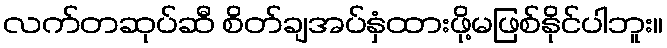
လက်တဆုပ်ဆီ စိတ်ချအပ်နှံထားဖို့မဖြစ်နိုင်ပါဘူး။